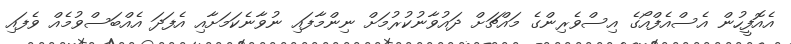
އެއޮފީހުން އެސްއެފްއޯގެ އިސްވެރިންގެ މައްޗަށް ދައުވާނުކުރުމަށް ނިންމާފައި ނުވާނެކަމަށާއި އެފަދަ އެއްބަސްވުމެއް ވެފައި